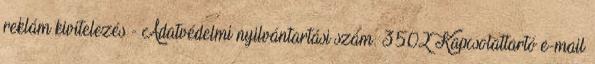
reklám kivitelezés - Adatvédelmi nyilvántartási szám: 3502 Kapcsolattartó e-mail